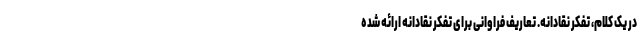
در یک کلام، تفکر نقادانه. تعاریف فراوانی برای تفکر نقادانه ارائه شده